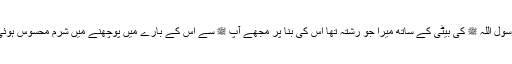
رسول اللہ ﷺ کی بیٹی کے ساتھ میرا جو رشتہ تھا اس کی بنا پر مجھے آپ ﷺ سے اس کے بارے میں پوچھنے میں شرم محسوس ہوئی۔